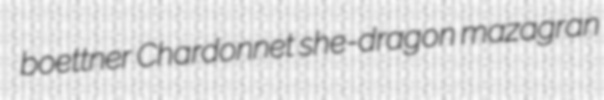
boettner Chardonnet she-dragon mazagran